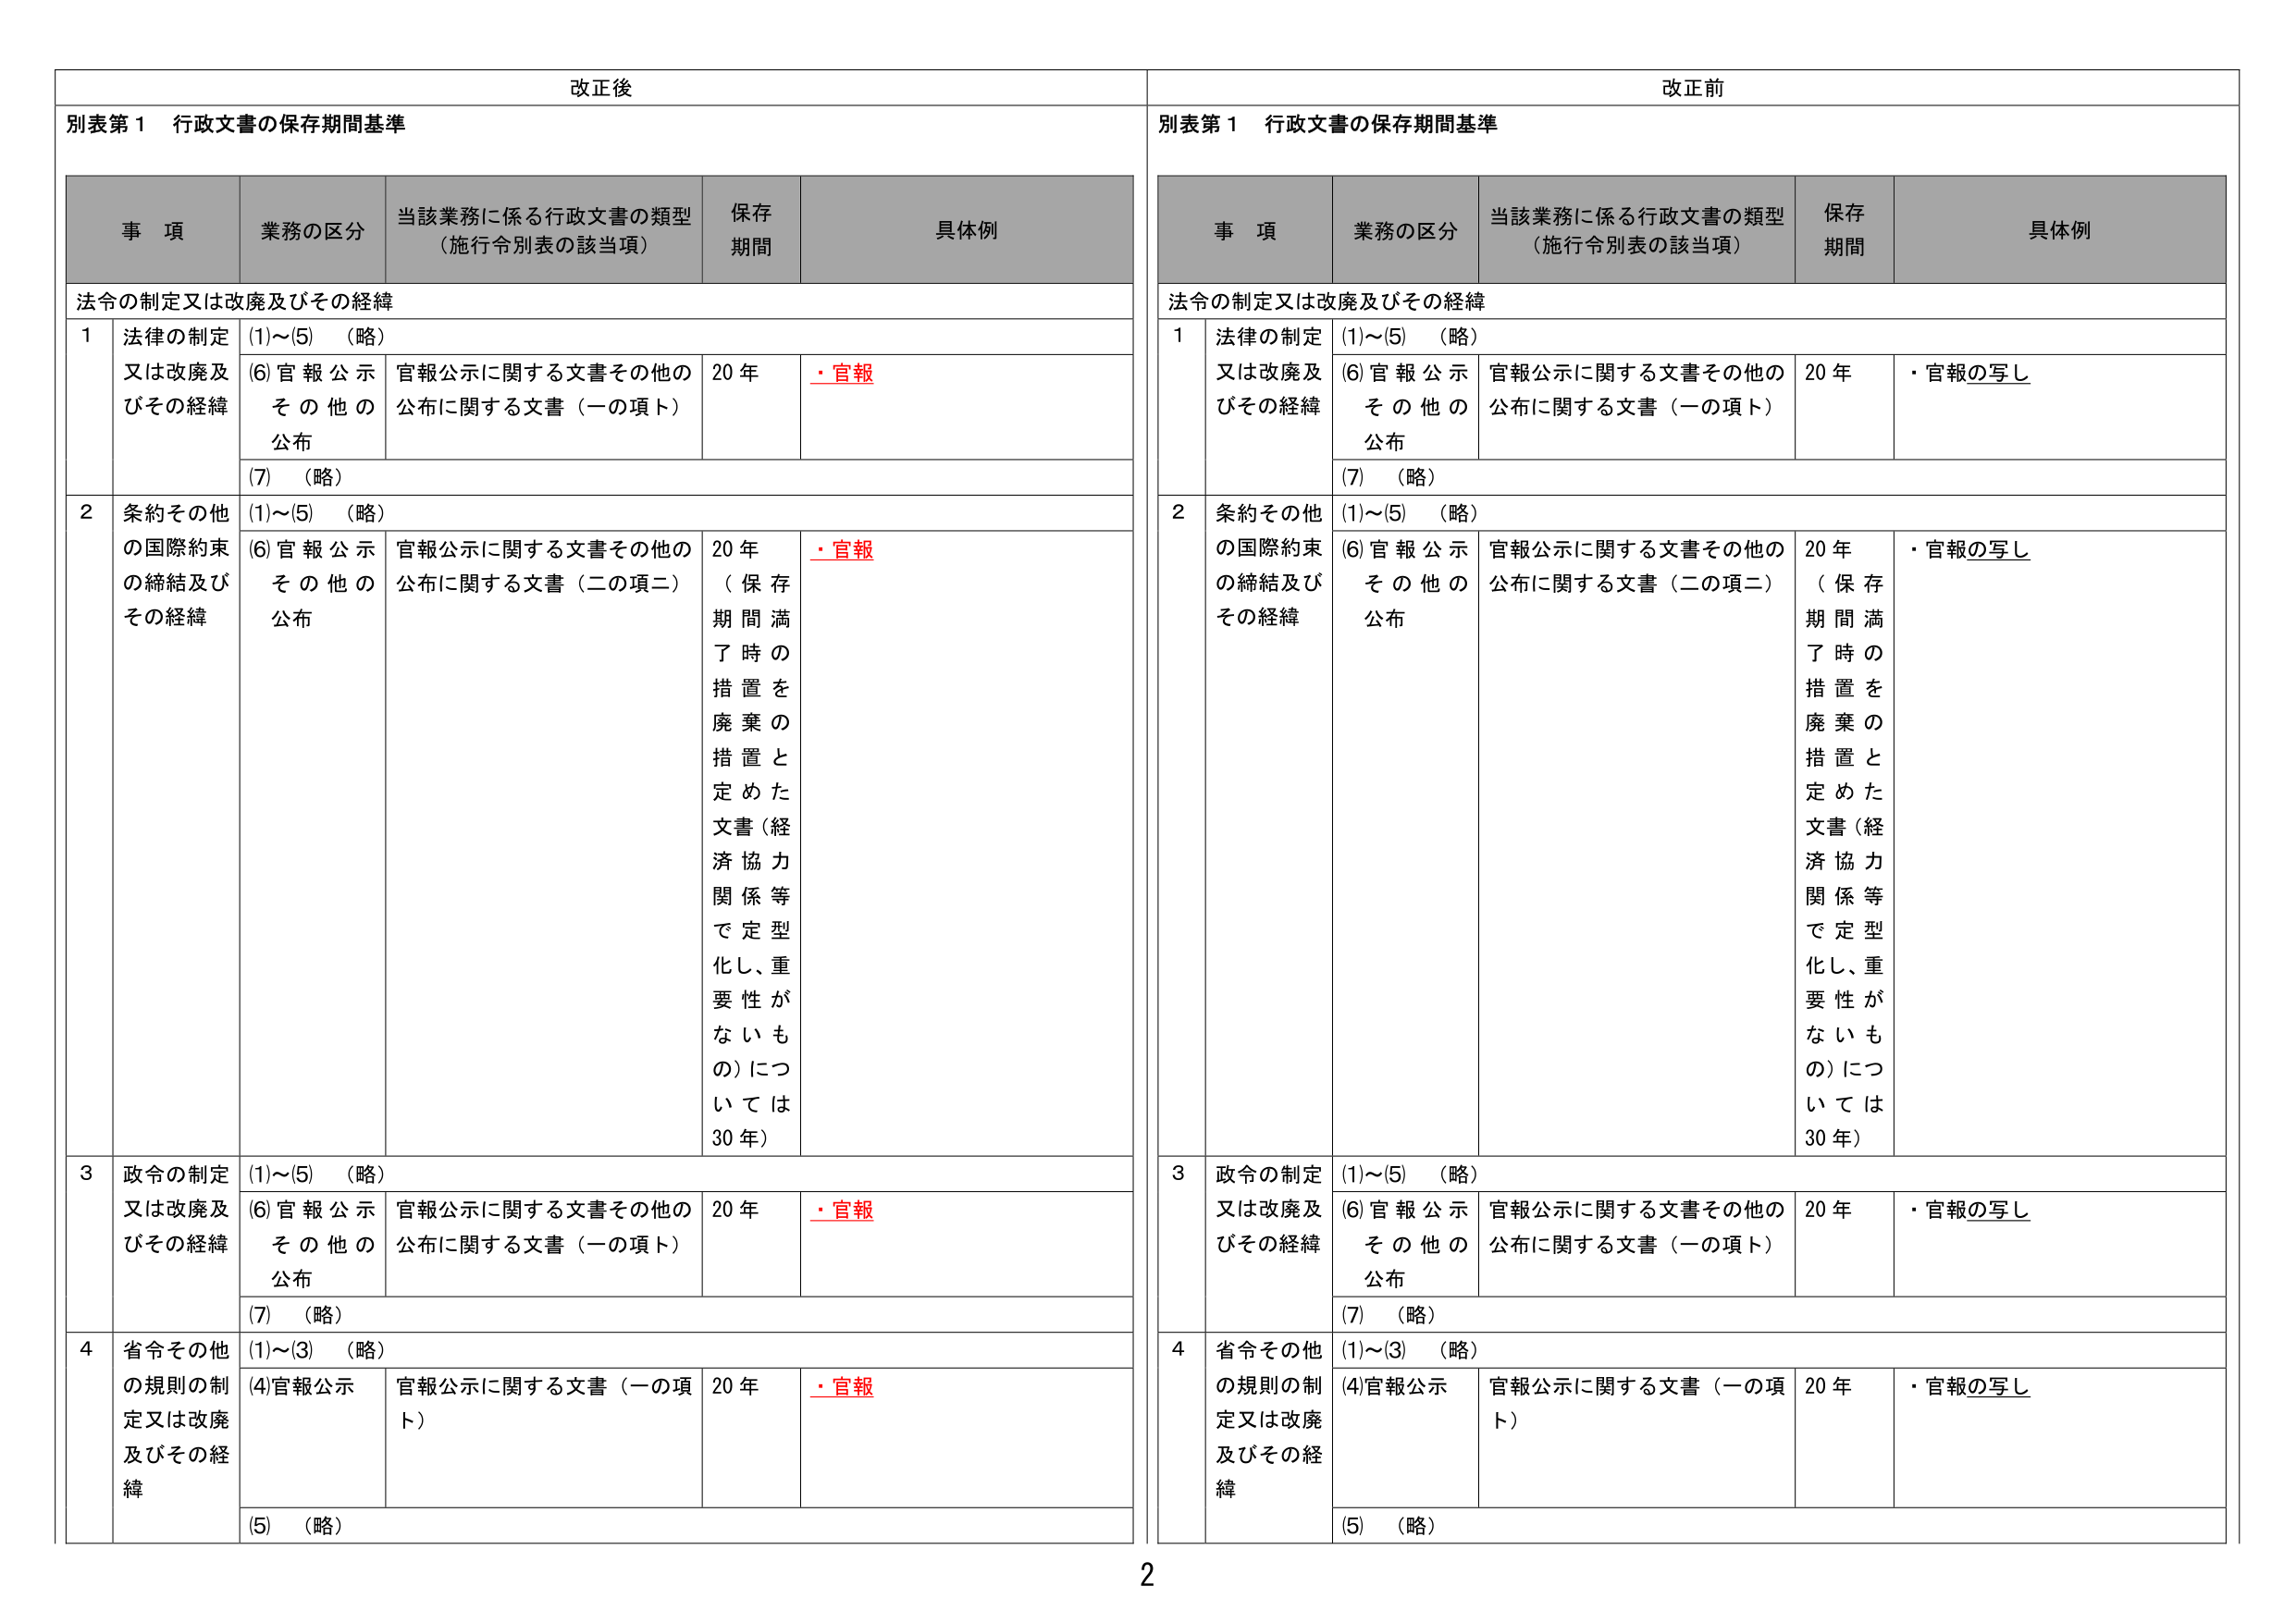
改正後
別表第１ 行政文書の保存期間基準
事項 業務の区分 当該業務に係る行政文書の類型（施行令別表の該当項） 保存期間 具体例
法令の制定又は改廃及びその経緯
1 法律の制定又は改廃及びその経緯 (1)～(5) （略）
(6)官報公示 その他の公布 官報公示に関する文書その他の公布に関する文書（一の項ト） 20年 ・官報
(7) （略）
2 条約その他 の国際約束 の締結及び その経緯 (1)～(5) （略）
(6)官報公示 その他の公布 官報公示に関する文書その他の公布に関する文書（二の項二） 20年 （保存期間満了時の措置を廃棄の措置と定めた文書（経済協力関係等で定型化し、重要性がないもの）については30年） ・官報
3 政令の制定又は改廃及びその経緯 (1)～(5) （略）
(6)官報公示 その他の公布 官報公示に関する文書その他の公布に関する文書（一の項ト） 20年 ・官報
(7) （略）
4 省令その他 の規則の制定又は改廃及びその経緯 (1)～(3) （略）
(4)官報公示 官報公示に関する文書（一の項ト） 20年 ・官報
(5) （略）

改正前
別表第１ 行政文書の保存期間基準
事項 業務の区分 当該業務に係る行政文書の類型（施行令別表の該当項） 保存期間 具体例
法令の制定又は改廃及びその経緯
1 法律の制定又は改廃及びその経緯 (1)～(5) （略）
(6)官報公示 その他の公布 官報公示に関する文書その他の公布に関する文書（一の項ト） 20年 ・官報の写し
(7) （略）
2 条約その他 の国際約束 の締結及び その経緯 (1)～(5) （略）
(6)官報公示 その他の公布 官報公示に関する文書その他の公布に関する文書（二の項二） 20年 （保存期間満了時の措置を廃棄の措置と定めた文書（経済協力関係等で定型化し、重要性がないもの）については30年） ・官報の写し
3 政令の制定又は改廃及びその経緯 (1)～(5) （略）
(6)官報公示 その他の公布 官報公示に関する文書その他の公布に関する文書（一の項ト） 20年 ・官報の写し
(7) （略）
4 省令その他 の規則の制定又は改廃及びその経緯 (1)～(3) （略）
(4)官報公示 官報公示に関する文書（一の項ト） 20年 ・官報の写し
(5) （略）
2